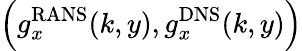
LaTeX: \left(g_{x}^{\mathrm{RANS}}(k,y),g_{x}^{\mathrm{DNS}}(k,y)\right)